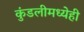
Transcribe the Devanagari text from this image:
कुंडलीमध्येही